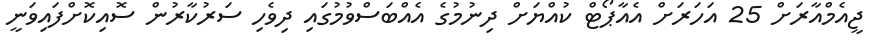
ޖީއެމްއާރަށް 25 އަހަރަށް އެއާޕޯޓް ކުއްޔަށް ދިނުމުގެ އެއްބަސްވުމުގައި ދިވެހި ސަރުކާރުން ސޮއިކޮށްފައިވަނީ